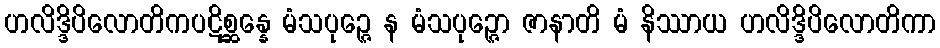
ဟလိဒ္ဒိပိလောတိကပဋိစ္ဆန္နေ မံသပုဉ္ဇေ န မံသပုဉ္ဇော ဇာနာတိ မံ နိဿာယ ဟလိဒ္ဒိပိလောတိကာ